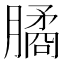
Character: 𣎛